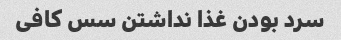
سرد بودن غذا نداشتن سس کافی